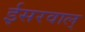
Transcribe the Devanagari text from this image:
ईसरवाल्